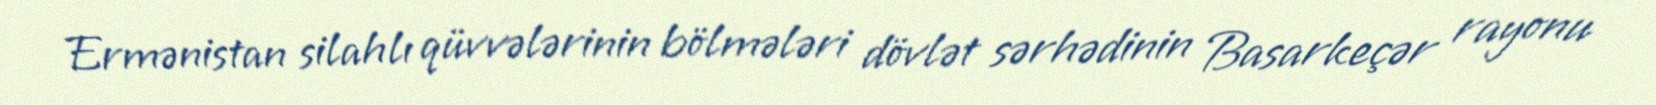
Ermənistan silahlı qüvvələrinin bölmələri dövlət sərhədinin Basarkeçər rayonu